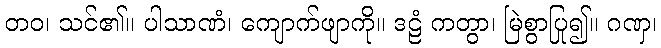
တဝ၊ သင်၏။ ပါသာဏံ၊ ကျောက်ဖျာကို။ ဒဠံ ကတွာ၊ မြဲစွာပြု၍။ ဂဏှ၊